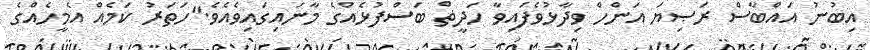
އިބުނު އައްބާސް ރަޞިޔަ އަންހް ވިދާޅުވެފައިވާ ހަދީޡް ބަސްފުޅެއްގެ މާނައިގައިވެއެވެ."ހަތަރު ކަމެއް އެމީހެއްގެ